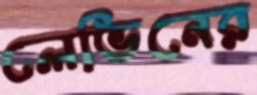
লেভিনের